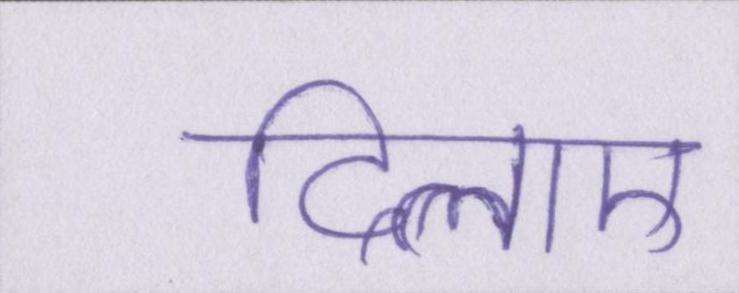
दिलाए